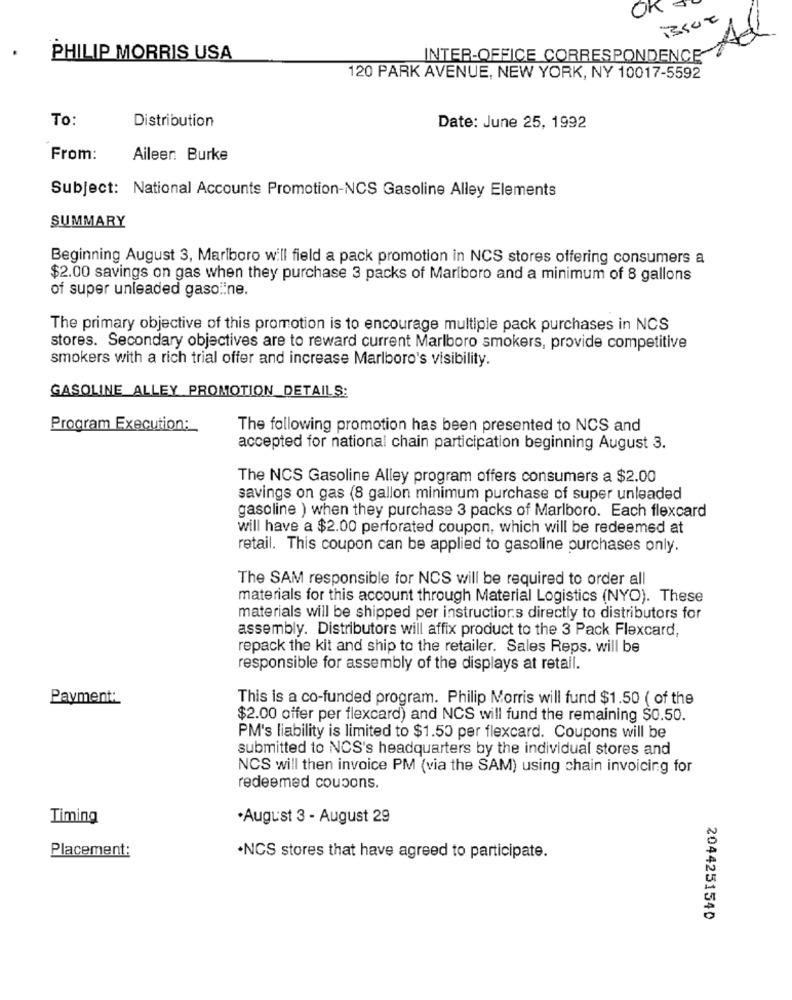
OK S
Ad
PHILIP MORRIS USA
INTER-OFFICE CORRESPONDENCE
120 PARK AVENUE, NEW YORK, NY 10017-5592
To:
Distribution
Date: June 25, 1992
From:
Aileer: Burke
Subject: National Accounts Promotion-NCS Gasoline Alley Elements
SUMMARY
Beginning August 3, Marlboro will field a pack promotion in NCS stores offering consumers a
$2.00 savings on gas when they purchase 3 packs of Marlboro and a minimum of 8 gallons
of super unleaded gasoline.
The primary objective of this promotion is to encourage multiple pack purchases in NCS
stores. Secondary objectives are to reward current Marlboro smokers, provide competitive
smokers with a rich trial offer and increase Marlboro's visibility.
GASOLINE ALLEY PROMOTION DETAILS:
Program Execution:
The following promotion has been presented to NCS and
accepted for national chain participation beginning August 3.
The NCS Gasoline Alley program offers consumers a $2.00
savings on gas (8 gallon minimum purchase of super unleaded
gasoline ) when they purchase 3 packs of Marlboro. Each flexcard
will have a $2.00 perforated coupon, which will be redeemed at
retail. This coupon can be applied to gasoline purchases only.
The SAM responsible for NCS will be required to order all
materials for this account through Material Logistics (NYO). These
materials will be shipped per instructions directly to distributors for
assembly. Distributors will affix product to the 3 Pack Flexcard,
repack the kit and ship to the retailer. Sales Reps. will be
responsible for assembly of the displays at retail.
Payment:
This is a co-funded program. Philip Morris will fund $1.50 ( of the
$2.00 offer per flexcard) and NCS will fund the remaining $0.50.
PM's liability is limited to $1.50 per flexcard. Coupons will be
submitted to NCS's headquarters by the individual stores and
NCS will then invoice PM (via the SAM) using chain invoicing for
redermed coupons.
Timing
.August 3 - August 29
Placement:
·NCS stores that have agreed to participate.
2044251540